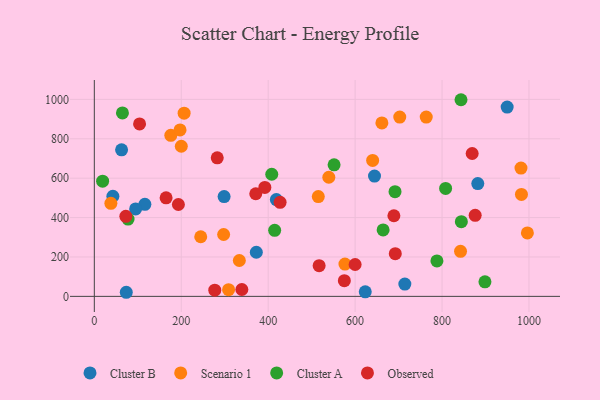
{"axis": {"x": "Experience", "y": "Sales"}, "legend": ["Cluster A", "Cluster B", "Observed", "Scenario 1"], "data": [{"x": "949.8", "y": 961.1, "type": "Cluster B"}, {"x": "644.6", "y": 610.6, "type": "Cluster B"}, {"x": "623.3", "y": 23.1, "type": "Cluster B"}, {"x": "42.7", "y": 508.2, "type": "Cluster B"}, {"x": "73.5", "y": 20.8, "type": "Cluster B"}, {"x": "116.3", "y": 467.2, "type": "Cluster B"}, {"x": "418.8", "y": 491.2, "type": "Cluster B"}, {"x": "372.7", "y": 224.1, "type": "Cluster B"}, {"x": "714.4", "y": 62.6, "type": "Cluster B"}, {"x": "62.7", "y": 743.9, "type": "Cluster B"}, {"x": "95.0", "y": 443.9, "type": "Cluster B"}, {"x": "298.6", "y": 506.4, "type": "Cluster B"}, {"x": "882.2", "y": 572.8, "type": "Cluster B"}, {"x": "661.6", "y": 880.3, "type": "Scenario 1"}, {"x": "176.0", "y": 817.6, "type": "Scenario 1"}, {"x": "297.5", "y": 314.0, "type": "Scenario 1"}, {"x": "515.3", "y": 506.5, "type": "Scenario 1"}, {"x": "982.7", "y": 517.6, "type": "Scenario 1"}, {"x": "763.6", "y": 910.1, "type": "Scenario 1"}, {"x": "842.5", "y": 228.8, "type": "Scenario 1"}, {"x": "197.2", "y": 844.8, "type": "Scenario 1"}, {"x": "308.9", "y": 33.8, "type": "Scenario 1"}, {"x": "333.6", "y": 182.2, "type": "Scenario 1"}, {"x": "244.8", "y": 302.6, "type": "Scenario 1"}, {"x": "539.5", "y": 604.8, "type": "Scenario 1"}, {"x": "702.7", "y": 910.3, "type": "Scenario 1"}, {"x": "576.6", "y": 164.1, "type": "Scenario 1"}, {"x": "640.3", "y": 690.3, "type": "Scenario 1"}, {"x": "38.1", "y": 472.6, "type": "Scenario 1"}, {"x": "996.3", "y": 322.3, "type": "Scenario 1"}, {"x": "206.6", "y": 929.9, "type": "Scenario 1"}, {"x": "200.1", "y": 762.0, "type": "Scenario 1"}, {"x": "981.6", "y": 651.2, "type": "Scenario 1"}, {"x": "808.2", "y": 548.1, "type": "Cluster A"}, {"x": "898.7", "y": 73.7, "type": "Cluster A"}, {"x": "77.6", "y": 392.3, "type": "Cluster A"}, {"x": "664.4", "y": 337.4, "type": "Cluster A"}, {"x": "414.9", "y": 335.3, "type": "Cluster A"}, {"x": "843.6", "y": 998.3, "type": "Cluster A"}, {"x": "691.8", "y": 531.6, "type": "Cluster A"}, {"x": "844.4", "y": 379.0, "type": "Cluster A"}, {"x": "19.1", "y": 584.6, "type": "Cluster A"}, {"x": "408.2", "y": 619.9, "type": "Cluster A"}, {"x": "788.2", "y": 179.8, "type": "Cluster A"}, {"x": "551.6", "y": 667.6, "type": "Cluster A"}, {"x": "64.7", "y": 931.5, "type": "Cluster A"}, {"x": "689.2", "y": 409.3, "type": "Observed"}, {"x": "869.3", "y": 725.2, "type": "Observed"}, {"x": "104.1", "y": 875.5, "type": "Observed"}, {"x": "600.0", "y": 161.9, "type": "Observed"}, {"x": "72.5", "y": 406.3, "type": "Observed"}, {"x": "517.2", "y": 155.8, "type": "Observed"}, {"x": "371.4", "y": 521.0, "type": "Observed"}, {"x": "392.3", "y": 553.2, "type": "Observed"}, {"x": "165.1", "y": 500.3, "type": "Observed"}, {"x": "339.4", "y": 34.9, "type": "Observed"}, {"x": "282.8", "y": 703.4, "type": "Observed"}, {"x": "575.2", "y": 79.8, "type": "Observed"}, {"x": "427.4", "y": 477.6, "type": "Observed"}, {"x": "876.2", "y": 411.4, "type": "Observed"}, {"x": "692.4", "y": 217.0, "type": "Observed"}, {"x": "193.4", "y": 466.4, "type": "Observed"}, {"x": "277.1", "y": 31.7, "type": "Observed"}]}